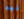
كليه